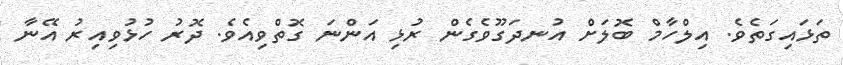
ތަޅައިގަތެވެ. އިލްހާމް ބޮލަށް އުނދަގޫވެގެން ރުޅި އަންނަ ގޮތްވިއެވެ. ދޮރު ހުޅުވިއިރު އޭނާ